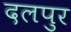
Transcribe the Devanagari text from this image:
दलपुर